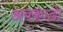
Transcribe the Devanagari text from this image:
अवकाडाे